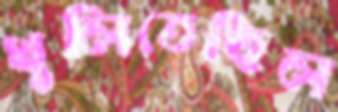
খুলিতেছিল